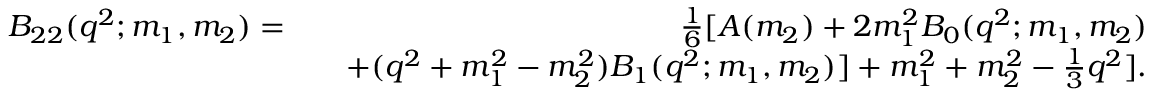
\begin{array} { r l r } { B _ { 2 2 } ( q ^ { 2 } ; m _ { 1 } , m _ { 2 } ) = } & { } & { \frac { 1 } { 6 } [ A ( m _ { 2 } ) + 2 m _ { 1 } ^ { 2 } B _ { 0 } ( q ^ { 2 } ; m _ { 1 } , m _ { 2 } ) } \\ & { } & { + ( q ^ { 2 } + m _ { 1 } ^ { 2 } - m _ { 2 } ^ { 2 } ) B _ { 1 } ( q ^ { 2 } ; m _ { 1 } , m _ { 2 } ) ] + m _ { 1 } ^ { 2 } + m _ { 2 } ^ { 2 } - \frac { 1 } { 3 } q ^ { 2 } ] . } \end{array}